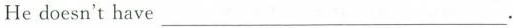
He doesn't have___.